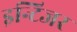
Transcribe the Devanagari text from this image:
इन्टिजर